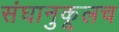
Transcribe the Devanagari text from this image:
संघानुकूलच